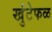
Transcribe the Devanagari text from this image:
खुंटेफळ